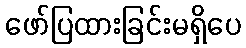
ဖော်ပြထားခြင်းမရှိပေ